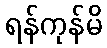
ရန်ကုန်မိ